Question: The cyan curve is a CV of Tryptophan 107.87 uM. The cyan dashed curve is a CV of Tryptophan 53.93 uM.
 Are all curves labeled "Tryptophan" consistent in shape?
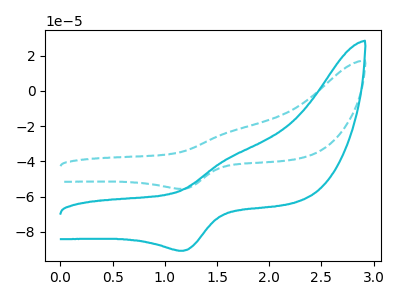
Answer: <think>The cyan curve "Tryptophan 107.87 uM" has an anodic peak at (1.65V, -37.80uA) and a cathodic peak at (1.20V, -90.80uA). The cyan dashed curve "Tryptophan 53.93 uM" has an anodic peak at (1.65V, -23.20uA) and a cathodic peak at (1.20V, -55.65uA).
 All the peaks in "Tryptophan 107.87 uM" have a peak in "Tryptophan 53.93 uM" at the same potential.</think>
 <answer>All the CV's of "Tryptophan" have similar shape.</answer>
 <eval>follow_rule</eval>